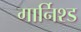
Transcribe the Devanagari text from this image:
गार्निश्ड